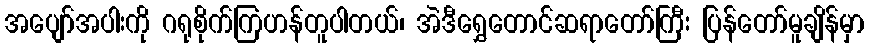
အပျော်အပါးကို ဂရုစိုက်ကြဟန်တူပါတယ်၊ အဲဒီရွှေတောင်ဆရာတော်ကြီး ပြန်တော်မူချိန်မှာ